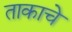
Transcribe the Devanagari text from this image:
ताकाचे